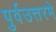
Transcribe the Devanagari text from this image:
पुर्वउत्तरमे